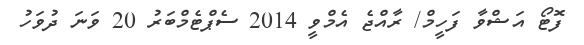
ފޮޓޯ އަޝްވާ ފަހީމް/ ރާއްޖެ އެމްވީ 2014 ސެޕްޓެމްބަރު 20 ވަނަ ދުވަހު